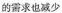
的需求也减少